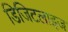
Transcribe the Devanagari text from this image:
डिजिटलाइज